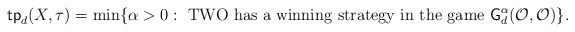
\begin{align*} \textsf{tp}_d(X,\tau) = \min\{\alpha>0: \mbox{ TWO has a winning strategy in the game }\textsf{G}^{\alpha}_d(\mathcal{O},\mathcal{O})\}.\end{align*}